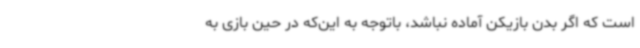
است که اگر بدن بازیکن آماده نباشد، باتوجه به این‌که در حین بازی به